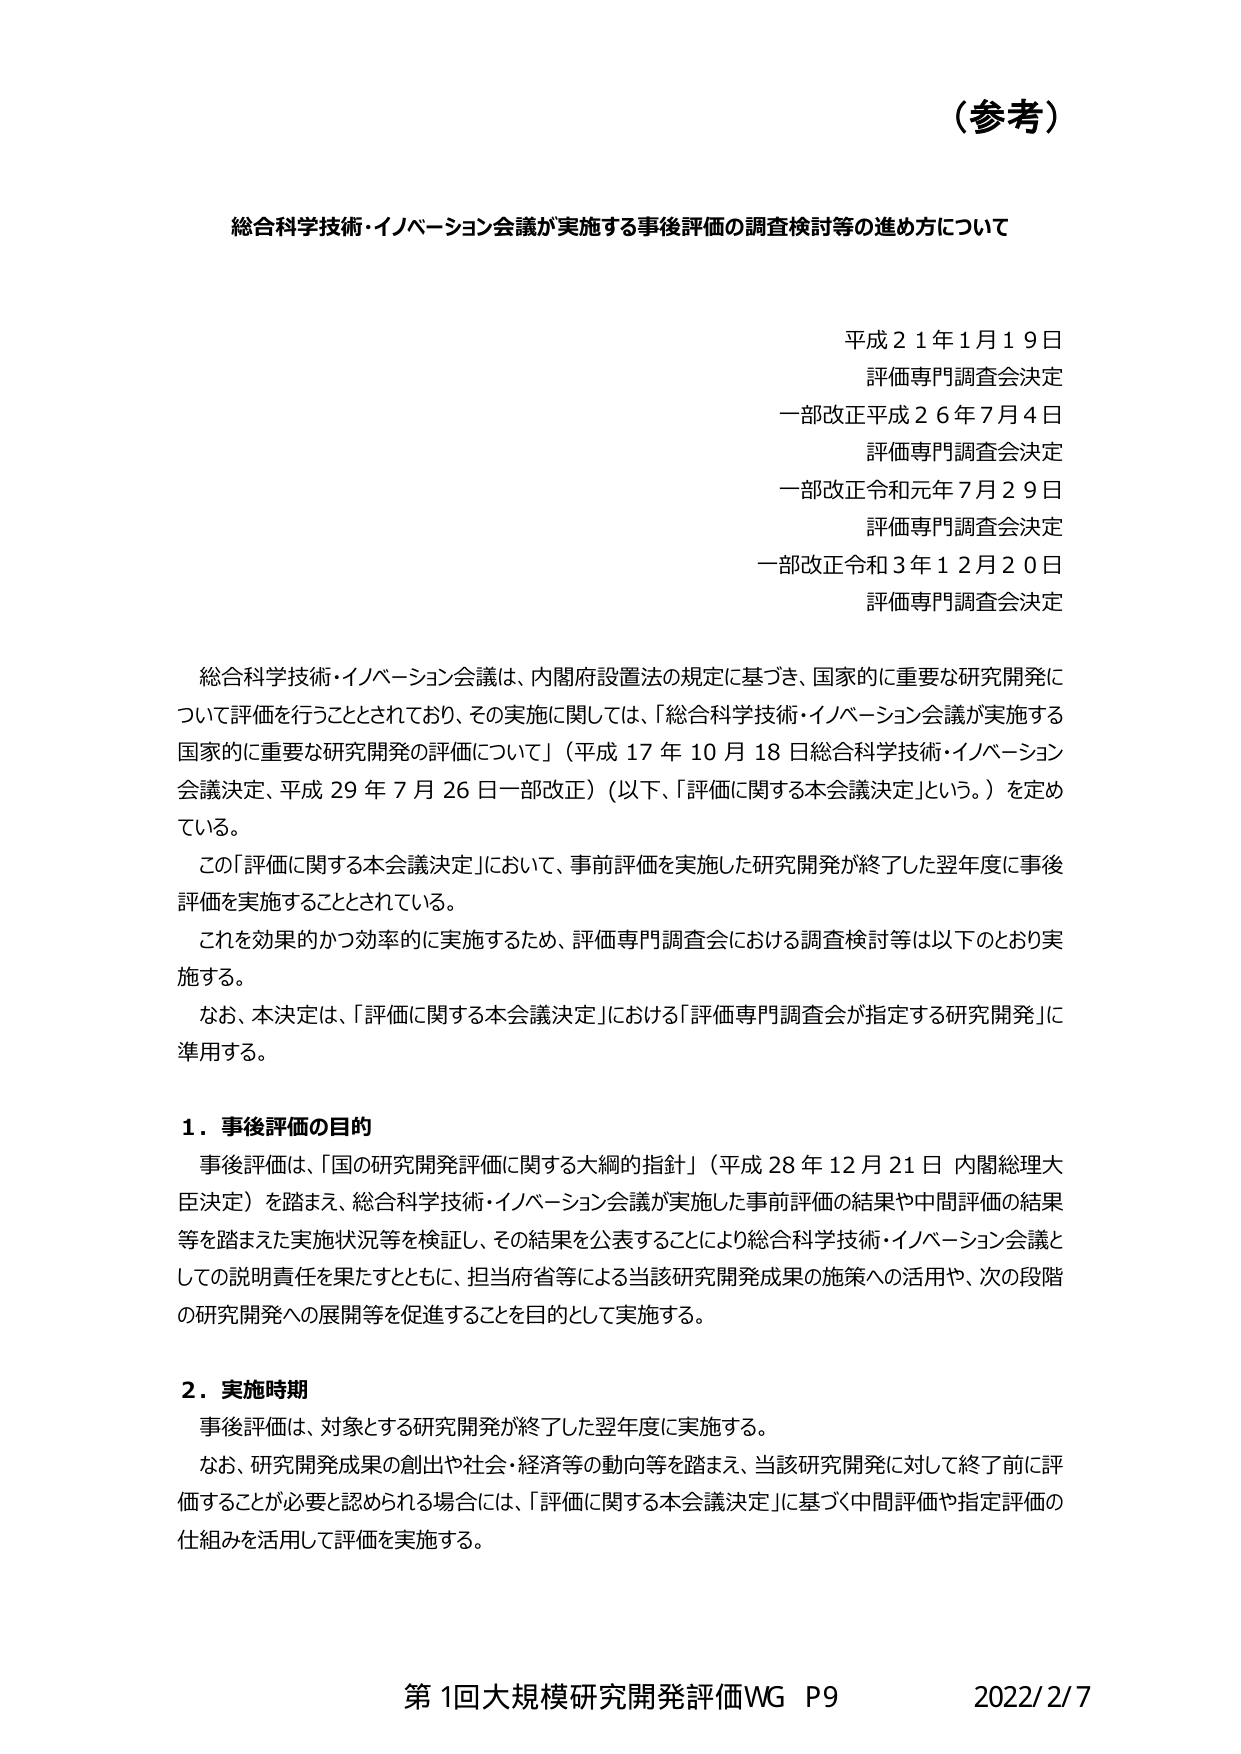
（参考）

総合科学技術・イノベーション会議が実施する事後評価の調査検討等の進め方について

平成２１年１月１９日
評価専門調査会決定
一部改正平成２６年７月４日
評価専門調査会決定
一部改正令和元年７月２９日
評価専門調査会決定
一部改正令和３年１２月２０日
評価専門調査会決定

総合科学技術・イノベーション会議は、内閣府設置法の規定に基づき、国家的に重要な研究開発について評価を行うこととされており、その実施に関しては、「総合科学技術・イノベーション会議が実施する国家的に重要な研究開発の評価について」（平成17年10月18日総合科学技術・イノベーション会議決定、平成29年7月26日一部改正）（以下、「評価に関する本会議決定」という。）を定めている。

この「評価に関する本会議決定」において、事前評価を実施した研究開発が終了した翌年度に事後評価を実施することとされている。

これを効果的かつ効率的に実施するため、評価専門調査会における調査検討等は以下のとおり実施する。

なお、本決定は、「評価に関する本会議決定」における「評価専門調査会が指定する研究開発」に準用する。

１．事後評価の目的
事後評価は、「国の研究開発評価に関する大綱的指針」（平成28年12月21日 内閣総理大臣決定）を踏まえ、総合科学技術・イノベーション会議が実施した事前評価の結果や中間評価の結果等を踏まえた実施状況等を検証し、その結果を公表することにより総合科学技術・イノベーション会議としての説明責任を果たすとともに、担当府省等による当該研究開発成果の施策への活用や、次の段階の研究開発への展開等を促進することを目的として実施する。

２．実施時期
事後評価は、対象とする研究開発が終了した翌年度に実施する。

なお、研究開発成果の創出や社会・経済等の動向等を踏まえ、当該研究開発に対して終了前に評価することが必要と認められる場合には、「評価に関する本会議決定」に基づく中間評価や指定評価の仕組みを活用して評価を実施する。

第1回大規模研究開発評価WG P9  2022/2/7